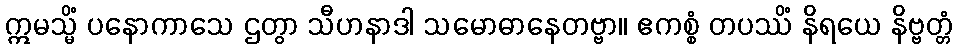
ဣမသ္မိံ ပနောကာသေ ဌတွာ သီဟနာဒါ သမောဓာနေတဗ္ဗာ။ ဧကစ္စံ တပဿိံ နိရယေ နိဗ္ဗတ္တံ